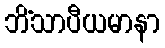
ဘိံသာပီယမာနာ